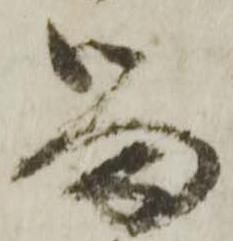
留